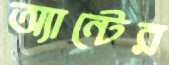
অ্যান্টের